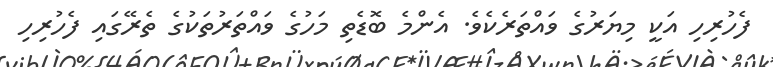
ފެހުރިހި އަކީ މިޔަރުގެ ވައްތަރެކެވެ. އެންމެ ބޮޑެތި މަހުގެ ވައްތަރުތަކުގެ ތެރޭގައި ފެހުރިހި